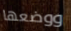
ووضعها